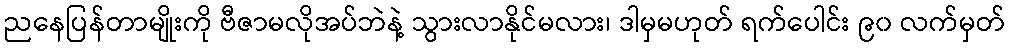
ညနေပြန်တာမျိုးကို ဗီဇာမလိုအပ်ဘဲနဲ့ သွားလာနိုင်မလား၊ ဒါမှမဟုတ် ရက်ပေါင်း ၉၀ လက်မှတ်